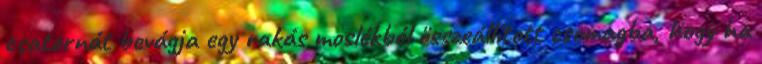
csatornát bevágja egy rakás moslékból összeállított csomagba, hogy ha